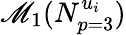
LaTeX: \mathscr{M}_{1}(N_{p=3}^{u_{i}})